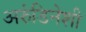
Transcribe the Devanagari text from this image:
अरुंडिनेशी